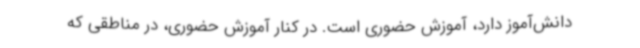
دانش‌آموز دارد، آموزش حضوری است. در کنار آموزش حضوری، در مناطقی که